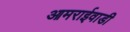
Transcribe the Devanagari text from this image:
आमराईवाडी